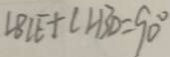
\angle B C E + \angle A B D = 9 0 ^ { \circ }